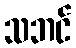
သဘင်